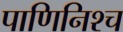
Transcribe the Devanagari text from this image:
पाणिनिश्च